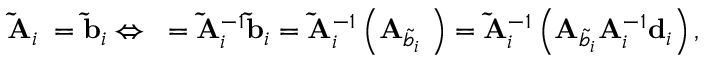
\mathbf { \widetilde { A } } _ { i } { \mathbf \beta } = \mathbf { \widetilde { b } } _ { i } \Leftrightarrow { \mathbf \beta } = \mathbf { \widetilde { A } } _ { i } ^ { - 1 } \mathbf { \widetilde { b } } _ { i } = \mathbf { \widetilde { A } } _ { i } ^ { - 1 } \left( \mathbf { A } _ { \widetilde { b } _ { i } } { \mathbf \alpha } \right) = \mathbf { \widetilde { A } } _ { i } ^ { - 1 } \left( \mathbf { A } _ { \widetilde { b } _ { i } } \mathbf { A } _ { i } ^ { - 1 } \mathbf { d } _ { i } \right) ,